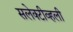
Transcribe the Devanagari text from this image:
सलेक्टीव्हली